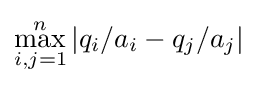
\max _{i,j=1}^{n}|q_{i}/a_{i}-q_{j}/a_{j}|